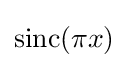
\operatorname {sinc} (\pi x)